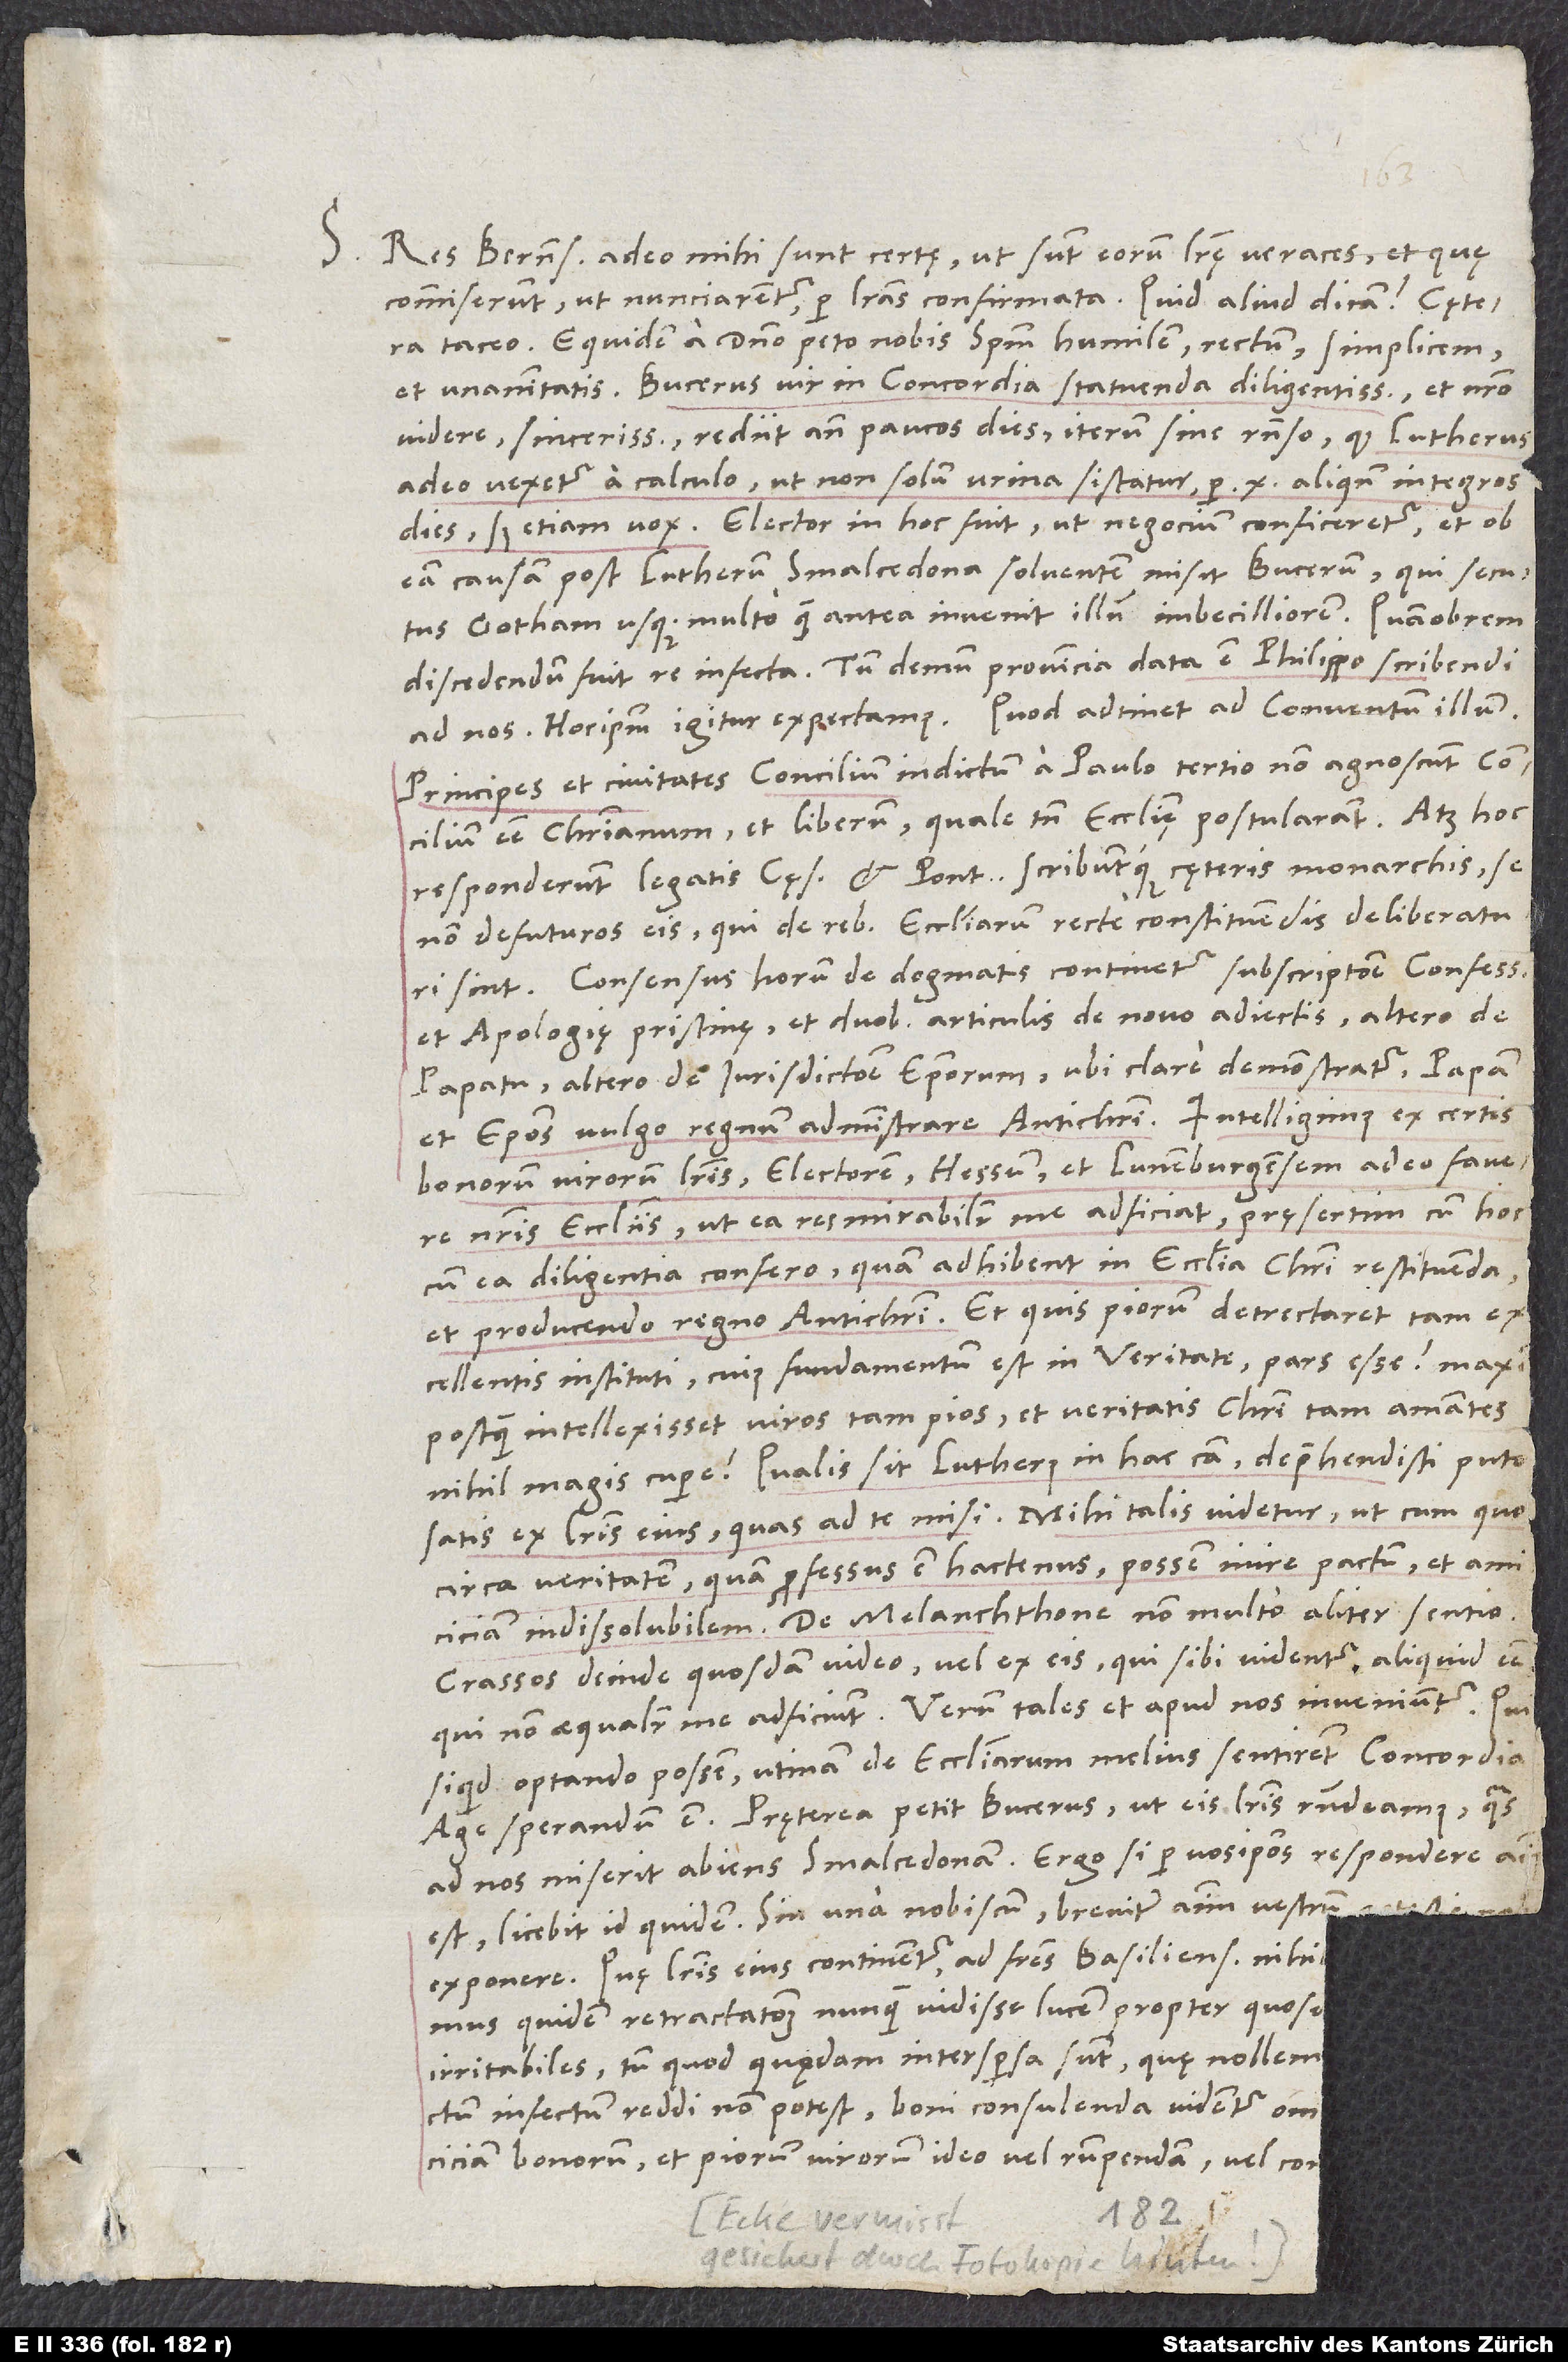
S. Res Bernens adeo mihi sunt certę, ut sunt eorum literę veraces et, quę
commiserunt, ut nunciarentur, per literas confirmata. Quid aliud dicam? Caetera
taceo. Equidem a domino peto nobis spiritum humilem, rectum, simplicem
Bucerus, vir in concordia statuenda diligentissimus et nostro
videre sincerissimus, rediit ante paucos dies iterum sine responso, quod Lutherus
adeo vexetur a calculo, ut non solum urina sistatur per 10 aliquando integros
dies, sed etiam vox. Elector in hoc fuit, ut negocium conficeretur, et ob
eam causam post Lutherum Smalcedona solventem misit Bucerum, qui secutus
Gotham usque multo quam antea invenit illum imbecilliorem. Quamobrem
discedendum fuit re infecta. Tum demum provincia data est Philippo scribendi
Principes et civitates concilium indictum a Paulo tertio non agnoscunt concilium
esse christianum et liberum, quale tamen ecclesię postularant. Atque hoc
responderunt legatis cęsaris et pontificis scribuntque cęteris monarchis se
non defuturos eis, qui de rebus ecclesiarum recte constituendis deliberaturi
sint. Consensus horum de dogmatis continetur subscriptione confessionis
et apologię pristinę et duobus articulis de novo adiectis, altero de
papatu, altero de iurisdictione episcoporum, ubi clare demonstratur papam
bonorum virorum literis electorem, Hessum et Lunenburgensem adeo favere
nostris ecclesiis, ut ea res mirabiliter me adficiat, pręsertim, cum hoc
cum ca diligentia confero, quam adhibent in ecclesia Christi restituenda
et producendo regno antichristi. Et quis piorum detrectaret tam
excellentis instituti, cuius fundamentum est in veritate, pars esse, maxime
postquam intellexisset viros tam pios et veritatis Christi tam amantes
nihil magis cupere? Qualis sit Lutherus in hac causa, deprehendisti, puto,
satis ex literis eius, quas ad te misi. Mihi talis videtur, ut cum quo
circa veritatem, quam professus est hactenus, possem inire pactum et amiciciam
indissolubilem. De Melanchthone non multo aliter sentio.
Crassos deinde quosdam video vel ex eis, qui sibi videntur aliquid esse,
qui non aequaliter me adficiunt. Verum tales et apud nos inveniuntur, qui,
siquid optando possem, utinam de ecclesiarum melius sentirent concordia.
ad nos miserit abiens Smalcedonam. Ergo si per vosipsos respondere animus
est, licebit id quidem; sin una nobiscum, breviter animum vestrum